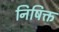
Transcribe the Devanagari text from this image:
निषिक्त